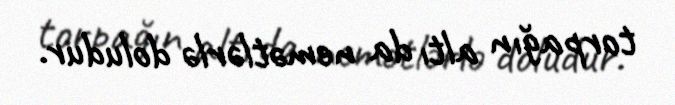
torpağın altı da nemətlərlə doludur.